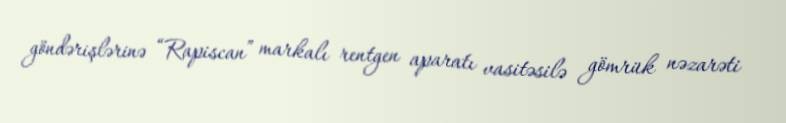
göndərişlərinə “Rapiscan” markalı rentgen aparatı vasitəsilə gömrük nəzarəti